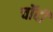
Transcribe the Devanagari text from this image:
चॉदी